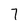
Character: 7